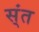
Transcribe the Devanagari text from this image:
स्ंत